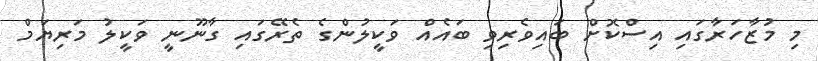
މި މުޒާހަރާގައި އިސްކޮށް ބައިވެރިވި ބައެއް ވަކީލުންގެ ތެރޭގައި ގާނޫނީ ވަކީލު މަރިޔަމް